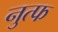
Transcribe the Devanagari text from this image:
नुत्फ